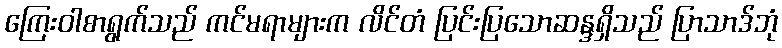
ကြေးဝါစာရွက်သည် ကင်မရာများက လိင်တံ ပြင်းပြသောဆန္ဒရှိသည် ပြာသာဒ်ဘုံ